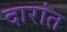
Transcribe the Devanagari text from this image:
दारांत